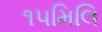
૧૫મિલિ